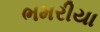
ભમરીયા